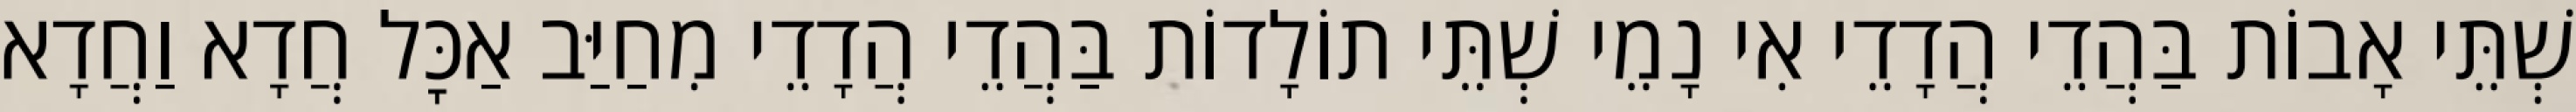
שְׁתֵּי אָבוֹת בַּהֲדֵי הֲדָדֵי אִי נָמֵי שְׁתֵּי תוֹלָדוֹת בַּהֲדֵי הֲדָדֵי מִחַיַּב אַכׇּל חֲדָא וַחֲדָא